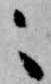
々